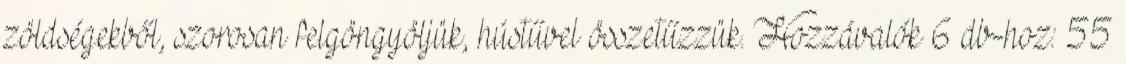
zöldségekből, szorosan felgöngyöljük, hústűvel összetűzzük. Hozzávalók 6 db-hoz: 55